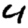
Digit: 4